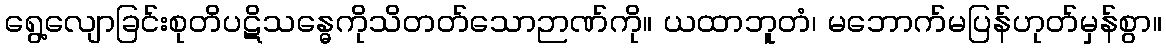
ရွေ့လျောခြင်းစုတိပဋိသန္ဓေကိုသိတတ်သောဉာဏ်ကို။ ယထာဘူတံ၊ မဘောက်မပြန်ဟုတ်မှန်စွာ။